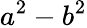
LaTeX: a^{2}-b^{2}